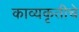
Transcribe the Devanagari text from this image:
काव्यकृतीचे